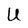
Character: U